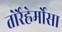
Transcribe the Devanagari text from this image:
तोर्रेह्रेर्मोसा